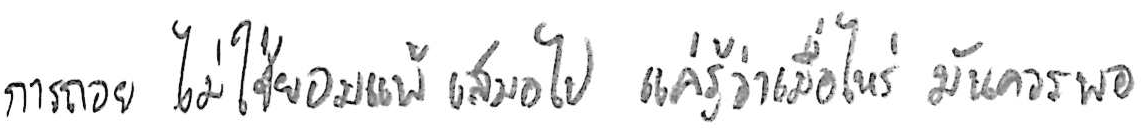
การถอย ไม่ใช่ยอมแพ้ เสมอไป แค่รู้ว่าเมื่อไหร่ มันควรพอ